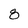
Character: 8